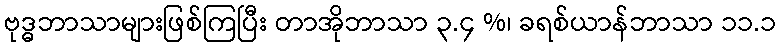
ဗုဒ္ဓဘာသာများဖြစ်ကြပြီး တာအိုဘာသာ ၃.၄ %၊ ခရစ်ယာန်ဘာသာ ၁၁.၁